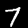
Label: 7